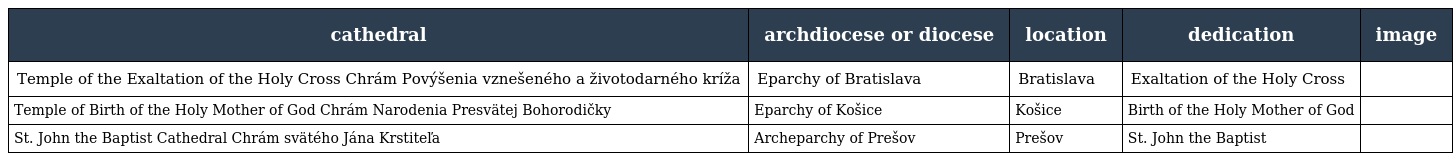
| cathedral | archdiocese or diocese | location | dedication | image |
 | --- | --- | --- | --- | --- |
 | Temple of the Exaltation of the Holy Cross Chrám Povýšenia vznešeného a životodarného kríža | Eparchy of Bratislava | Bratislava | Exaltation of the Holy Cross |  |
 | Temple of Birth of the Holy Mother of God Chrám Narodenia Presvätej Bohorodičky | Eparchy of Košice | Košice | Birth of the Holy Mother of God |  |
 | St. John the Baptist Cathedral Chrám svätého Jána Krstiteľa | Archeparchy of Prešov | Prešov | St. John the Baptist |  |